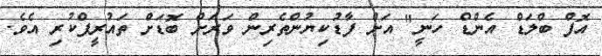
އޮފް ބްލަޑް އެންޑް ހަނީ" އަށް ފާޑުކިޔުންތެރިން ވަރަށް ބޮޑަށް ތައުރީފްކުރި އެވެ.